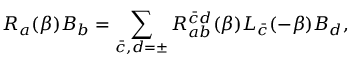
R _ { a } ( \beta ) B _ { b } = \sum _ { \bar { c } , d = \pm } R _ { a b } ^ { \bar { c } d } ( \beta ) L _ { \bar { c } } ( - \beta ) B _ { d } ,